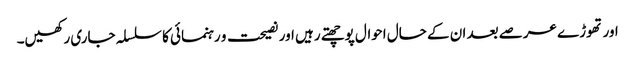
اور تھوڑے عرصے بعد ان کے حال احوال پوچھتے رہیں اور نصیحت و رہنمائی کا سلسلہ جاری رکھیں۔